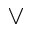
\vee